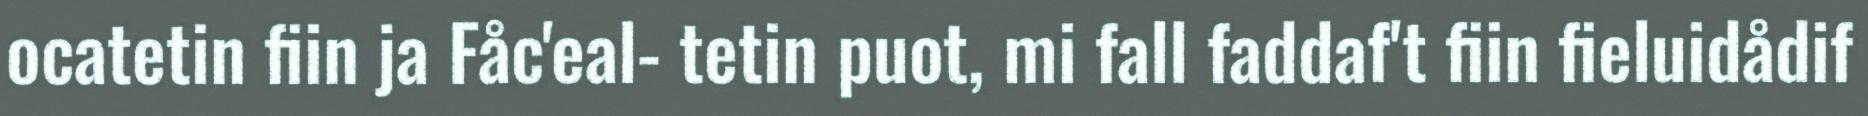
ocatetin fiin ja Fåc'eal- tetin puot, mi fall faddaf't fiin fieluidådif